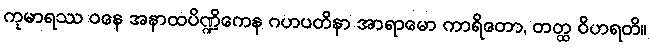
ကုမာရဿ ဝနေ အနာထပိဏ္ဍိကေန ဂဟပတိနာ အာရာမော ကာရိတော, တတ္ထ ဝိဟရတိ။